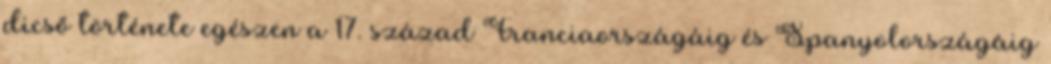
dicső története egészen a 17. század Franciaországáig és Spanyolországáig